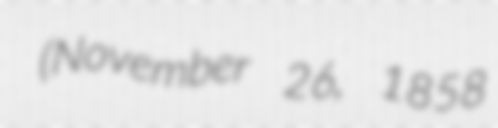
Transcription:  (November 26, 1858